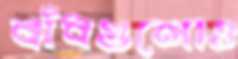
বাঁধগুলোও